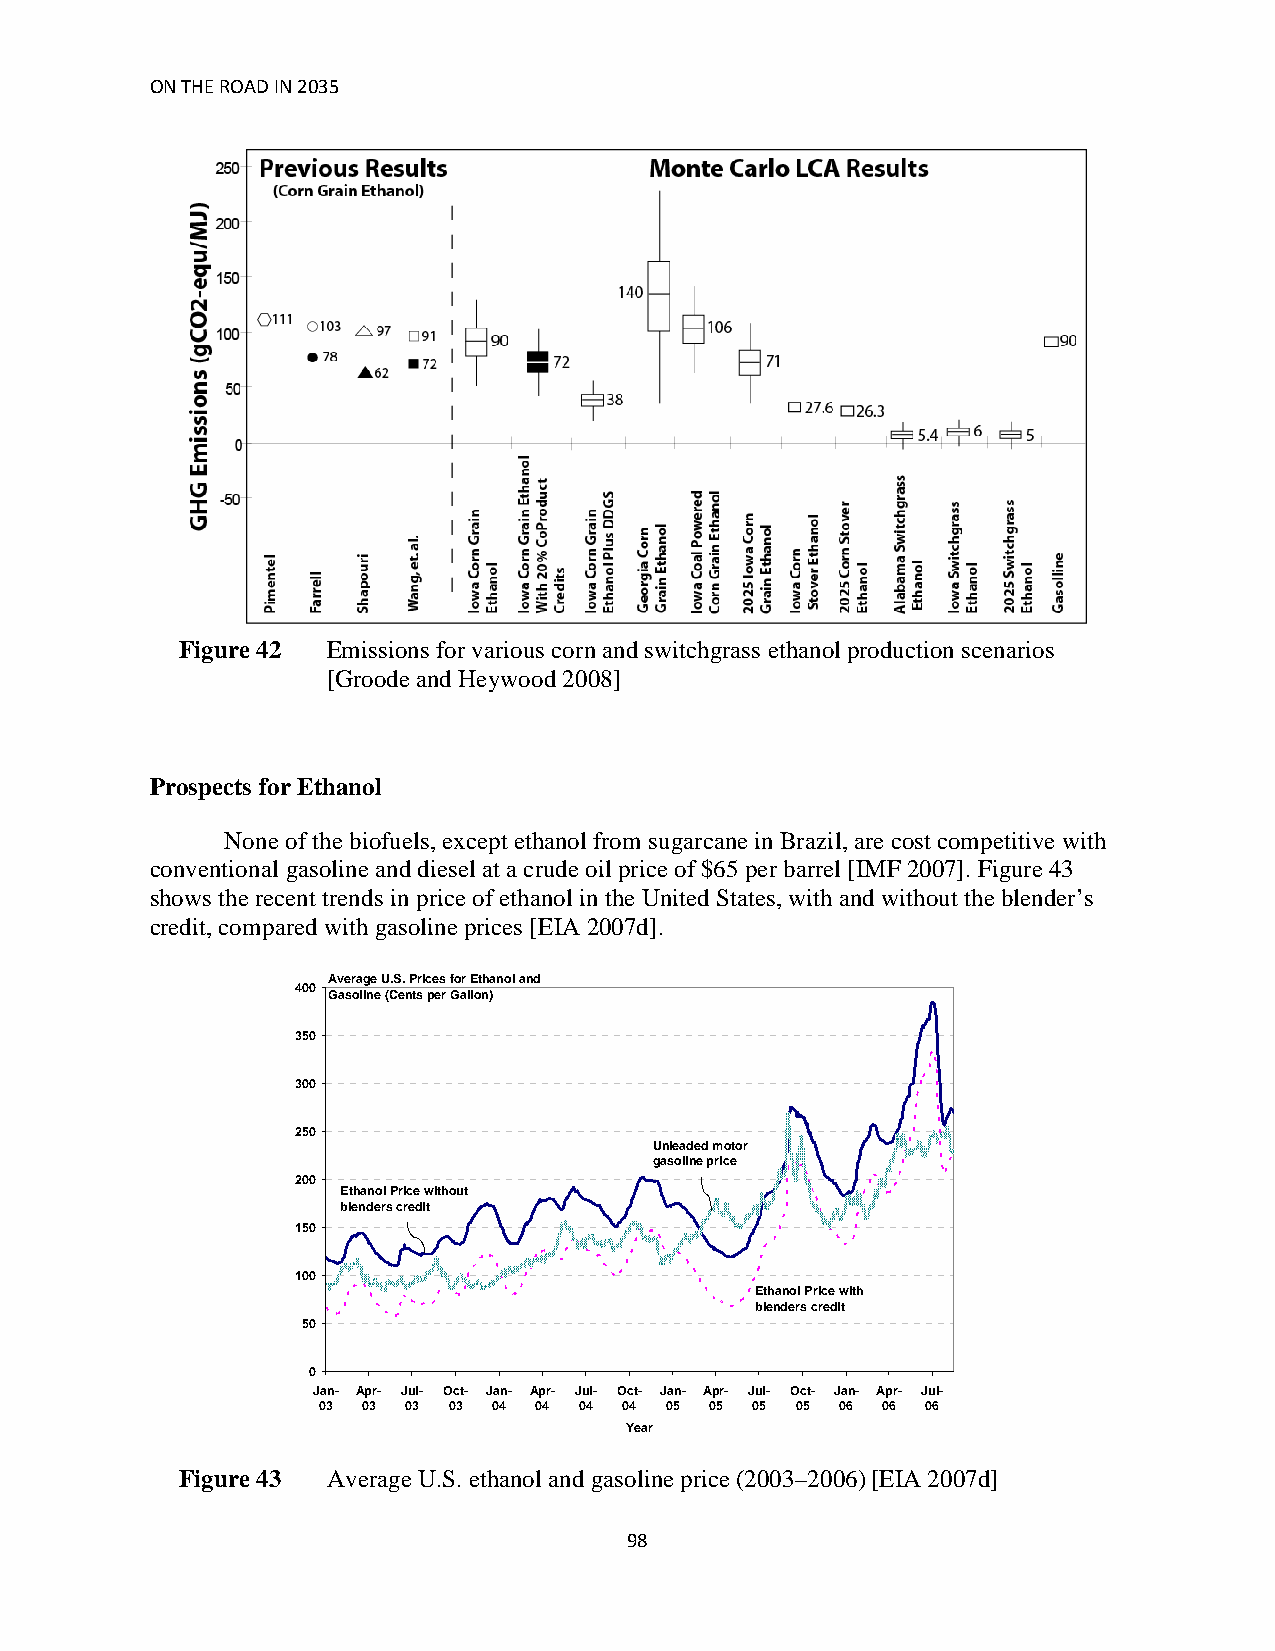
ON THE ROAD IN 2035
 Figure 42 Emissions for various corn and switchgrass ethanol production scenarios
 [Groode and Heywood 2008]
 Prospects for Ethanol
 None of the biofuels, except ethanol from sugarcane in Brazil, are cost competitive with
 conventional gasoline and diesel at a crude oil price of $65 per barrel [IMF 2007]. Figure 43
 shows the recent trends in price of ethanol in the United States, with and without the blender’s
 credit, compared with gasoline prices [EIA 2007d].
 Average U.S. Prices for Ethanol and
 400
 Gasoline (Cents per Gallon)
 350
 300
 250
 Unleaded motor
 gasoline price
 200
 Ethanol Price without
 blenders credit
 150
 100
 Ethanol Price with
 blenders credit
 50
 0
 Jan- Apr- Jul- Oct- Jan- Apr- Jul- Oct- Jan- Apr- Jul- Oct- Jan- Apr- Jul-
 03 03 03 03 04 04 04 04 05 05 05 05 06 06 06
 Year
 Figure 43 Average U.S. ethanol and gasoline price (2003–2006) [EIA 2007d]
 98